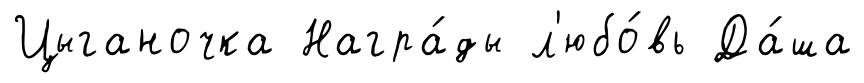
Цыганочка Награ́ды л'юбо́вь Да́ша